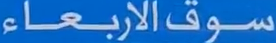
سوفالأربعاء